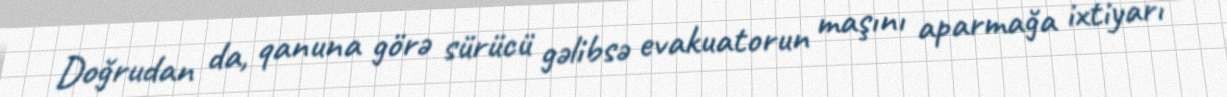
Doğrudan da, qanuna görə sürücü gəlibsə evakuatorun maşını aparmağa ixtiyarı